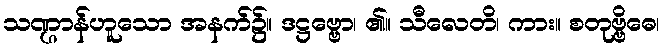
သဏ္ဌာန်ဟူသော အနက်၌။ ဒဋ္ဌဗ္ဗော၊ ၏။ သီလေတိ၊ ကား။ စတုဗ္ဗိဓေ၊